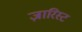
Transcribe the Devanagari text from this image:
ज़ारिस्ट